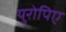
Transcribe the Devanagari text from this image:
युरोपिए